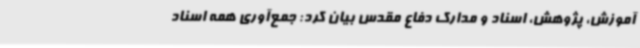
آموزش، پژوهش، اسناد و مدارک دفاع مقدس بیان کرد: جمع‌آوری همه اسناد